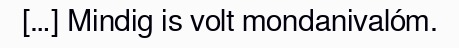
[…] Mindig is volt mondanivalóm.